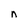
Character: n